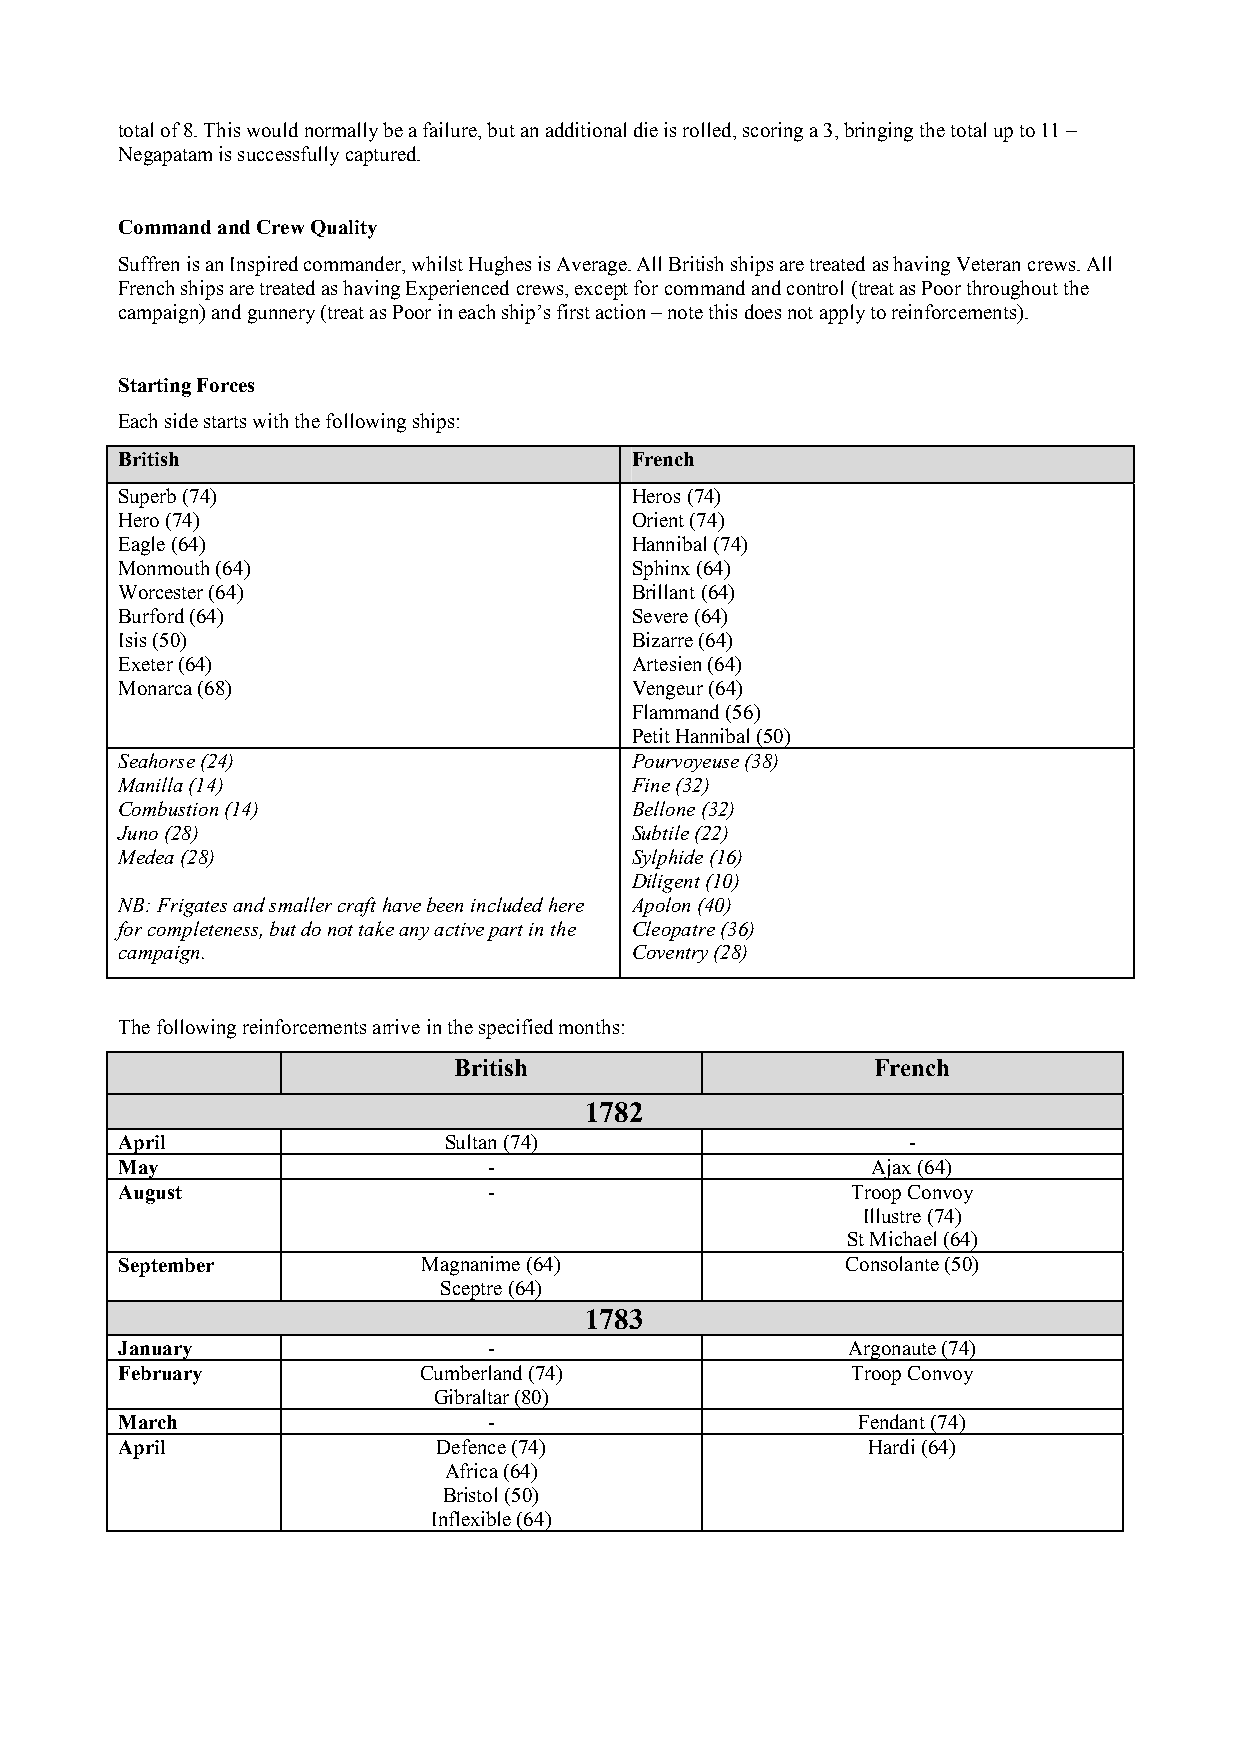
total of 8. This would normally be a failure, but an additional die is rolled, scoring a 3, bringing the total up to 11 –
 Negapatam is successfully captured.
 Command and Crew Quality
 Suffren is an Inspired commander, whilst Hughes is Average. All British ships are treated as having Veteran crews. All
 French ships are treated as having Experienced crews, except for command and control (treat as Poor throughout the
 campaign) and gunnery (treat as Poor in each ship’s first action – note this does not apply to reinforcements).
 Starting Forces
 Each side starts with the following ships:
 British                           French
 Superb (74)                       Heros (74)
 Hero (74)                         Orient (74)
 Eagle (64)                        Hannibal (74)
 Monmouth (64)                     Sphinx (64)
 Worcester (64)                    Brillant (64)
 Burford (64)                      Severe (64)
 Isis (50)                         Bizarre (64)
 Exeter (64)                       Artesien (64)
 Monarca (68)                      Vengeur (64)
 Flammand (56)
 Petit Hannibal (50)
 Seahorse (24)                     Pourvoyeuse (38)
 Manilla (14)                      Fine (32)
 Combustion (14)                   Bellone (32)
 Juno (28)                         Subtile (22)
 Medea (28)                        Sylphide (16)
 Diligent (10)
 NB: Frigates and smaller craft have been included here Apolon (40)
 for completeness, but do not take any active part in the Cleopatre (36)
 campaign.                         Coventry (28)
 The following reinforcements arrive in the specified months:
 British                     French
 1782
 April                Sultan (74)                    -
 May                     -                         Ajax (64)
 August                  -                       Troop Convoy
 Illustre (74)
 St Michael (64)
 September           Magnanime (64)              Consolante (50)
 Sceptre (64)
 1783
 January                 -                       Argonaute (74)
 February            Cumberland (74)             Troop Convoy
 Gibraltar (80)
 March                   -                        Fendant (74)
 April                Defence (74)                Hardi (64)
 Africa (64)
 Bristol (50)
 Inflexible (64)